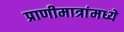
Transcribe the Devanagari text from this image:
प्राणीमात्रांमध्ये